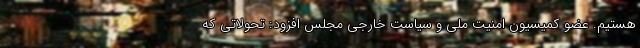
هستیم. عضو کمیسیون امنیت ملی و سیاست خارجی مجلس افزود: تحولاتی که